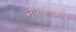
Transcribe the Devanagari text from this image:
नेपालऔर